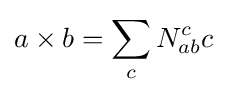
a\times b=\sum _{c}N_{ab}^{c}c